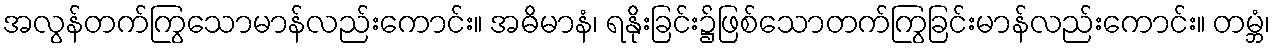
အလွန်တက်ကြွသောမာန်လည်းကောင်း။ အဓိမာနံ၊ ရနိုးခြင်း၌ဖြစ်သောတက်ကြွခြင်းမာန်လည်းကောင်း။ တမ္ဘံ၊